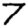
Digit: 7